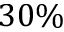
3 0 \%